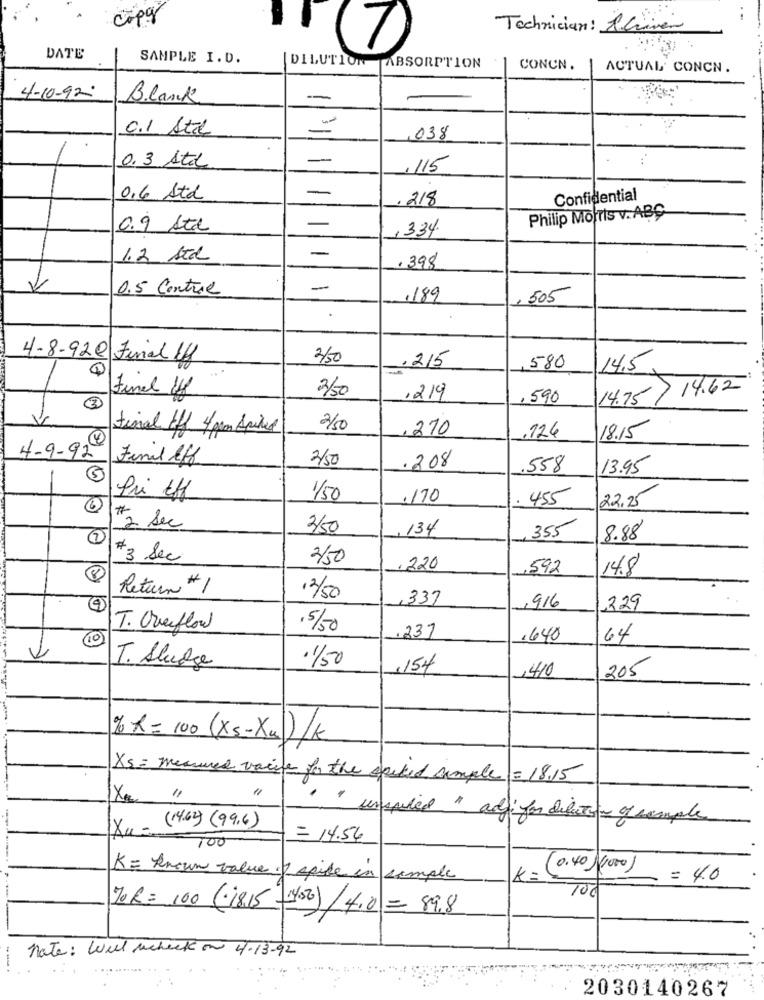
Technician: Shriver
7
DATE
SAMPLE I.D.
|DILUTION TABSORPTION
CONCN.
ACTUAL CONCN.
4-10-92
Blank
-
c.I Stil
,038
0.3 Stal
--
...
.115
0,6 Std
-
.218
Confidential
Philip Morris v. ABC
0.9 Atd
-
,334.
-
1.2 STK
.398
V
0.5 Control
-
,189
,505
4-8-920 Final Lf
3/50
.215
580
14.5
Final Hf
14.75/ 14.62
3/50
,219
, 590
3
V
final tff 4 gran Spires
2/50
.270
.126
18.15
4-9-92 Final lff
2/50
.208
.558
13.95
1/50
.170
455
22.25
#2 Sec
3/50
,134
355
7
8.88
# 3 Sec
3/50
.220
,592
14.8
Return #1
12/50
.337
1916
.229
T. Overflow
.5/50
10
.237
.640
64
.1/50
T. Sludge
,154
1410
205
% R= 100 (xs-Xu)/K
Xs = measured vaie for the spiked simple =18.15
×
- inspired " ady for dilection of sample
Xu - (14.64) (99.6)
= 14.54
100
K = known value I spike in simple
k=
(0.40 00)
= 4.0
100
70R= 100 (18.15 -(450) /4.0= 89.8
nate: Well Mcheck on 4-13-92
---
2030140267